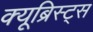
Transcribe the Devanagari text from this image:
क्यूब्रिस्ट्स